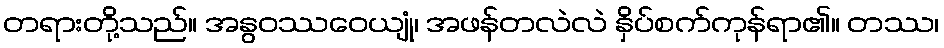
တရားတို့သည်။ အနွဝဿဝေယျုံ၊ အဖန်တလဲလဲ နှိပ်စက်ကုန်ရာ၏။ တဿ၊